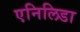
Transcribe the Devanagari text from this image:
एनिलिडा